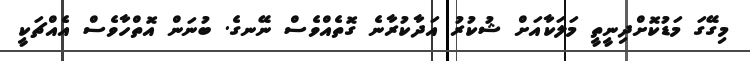
މިގޭގަ މަޑުކޮށްދިނީތީ މަލަކާއަށް ޝުކުރު އަދާކުރާނެ ގޮތެއްވެސް ނޭނގެ. ބުނަން އޮތްހާވެސް އެއްޗަކީ